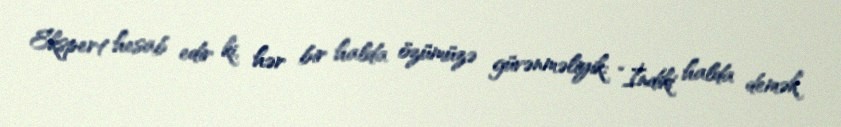
Ekspert hesab edir ki, hər bir halda özümüzə güvənməliyik: “İndiki halda demək